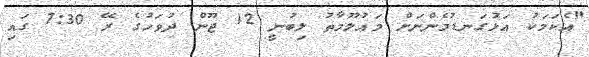
"އެކަމަކު އަޅުގަނޑުމެންނަށް މައުލޫމާތު ލިބުނީ 12 ޖޫން ދުވަހުގެ ރޭ 7:30 ގައި